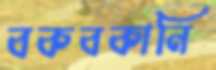
বকবকানি